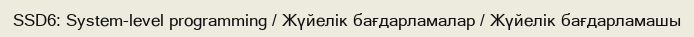
SSD6: System-level programming / Жүйелік бағдарламалар / Жүйелік бағдарламашы